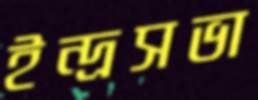
ইন্দ্রসভা